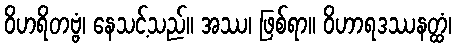
ဝိဟရိတဗ္ဗံ၊ နေသင့်သည်။ အဿ၊ ဖြစ်ရာ။ ဝိဟာရဒဿနတ္ထံ၊